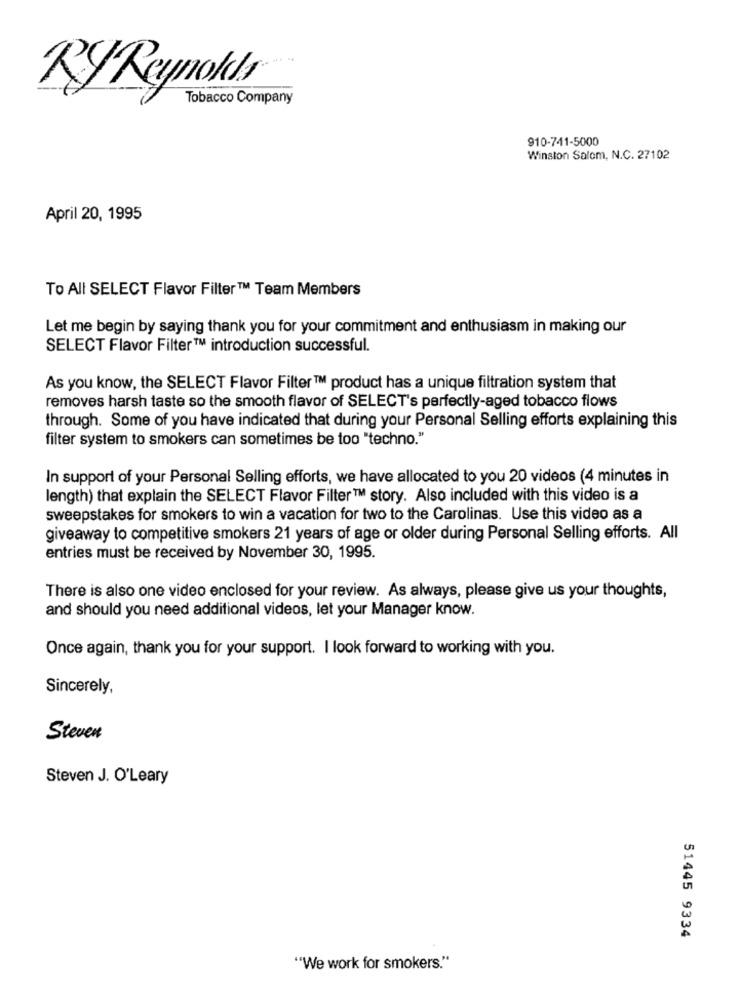
RyReynolds
Tobacco Company
910-741-5000
Winston Salem, N.C. 27102
April 20, 1995
To All SELECT Flavor Filter™ Team Members
Let me begin by saying thank you for your commitment and enthusiasm in making our
SELECT Flavor Filter™ introduction successful.
As you know, the SELECT Flavor Filter™ product has a unique filtration system that
removes harsh taste so the smooth flavor of SELECT's perfectly-aged tobacco flows
through. Some of you have indicated that during your Personal Selling efforts explaining this
filter system to smokers can sometimes be too "techno."
In support of your Personal Selling efforts, we have allocated to you 20 videos (4 minutes in
length) that explain the SELECT Flavor Filter™ story. Also included with this video is a
sweepstakes for smokers to win a vacation for two to the Carolinas. Use this video as a
giveaway to competitive smokers 21 years of age or older during Personal Selling efforts. All
entries must be received by November 30, 1995.
There is also one video enclosed for your review. As always, please give us your thoughts,
and should you need additional videos, let your Manager know.
Once again, thank you for your support. I look forward to working with you.
Sincerely,
Steven
Steven J. O'Leary
51445 9334
"We work for smokers."